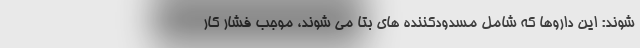
شوند: این داروها که شامل مسدودکننده های بتا می شوند، موجب فشار کار